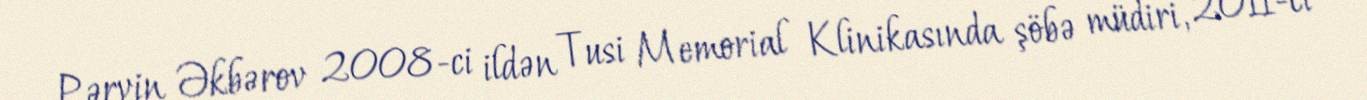
Pərvin Əkbərov 2008-ci ildən Tusi Memorial Klinikasında şöbə müdiri, 2011-ci